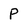
Character: P